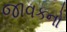
જાવકનો